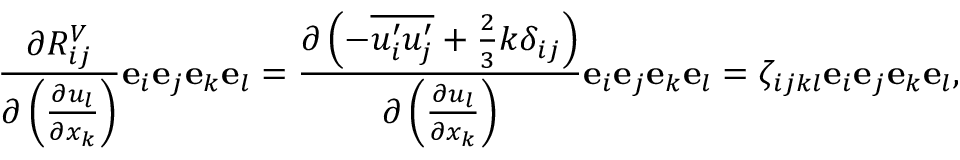
\frac { \partial R _ { i j } ^ { V } } { \partial \left( \frac { \partial u _ { l } } { \partial x _ { k } } \right) } \mathbf { e } _ { i } \mathbf { e } _ { j } \mathbf { e } _ { k } \mathbf { e } _ { l } = \frac { \partial \left( - \overline { { u _ { i } ^ { \prime } u _ { j } ^ { \prime } } } + \frac { 2 } { 3 } k \delta _ { i j } \right) } { \partial \left( \frac { \partial u _ { l } } { \partial x _ { k } } \right) } \mathbf { e } _ { i } \mathbf { e } _ { j } \mathbf { e } _ { k } \mathbf { e } _ { l } = \zeta _ { i j k l } \mathbf { e } _ { i } \mathbf { e } _ { j } \mathbf { e } _ { k } \mathbf { e } _ { l } ,